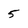
Character: 5